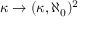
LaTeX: \kappa \rightarrow ( \kappa , \aleph _ { 0 } ) ^ { 2 }